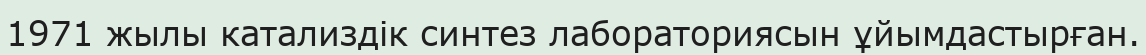
1971 жылы катализдік синтез лабораториясын ұйымдастырған.